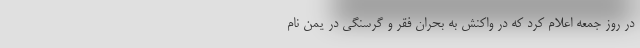
در روز جمعه اعلام کرد که در واکنش به بحران فقر و گرسنگی در یمن نام